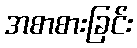
အစာစားခြင်း